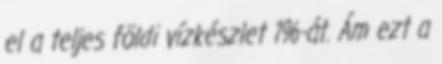
el a teljes földi vízkészlet 1%-át. Ám ezt a